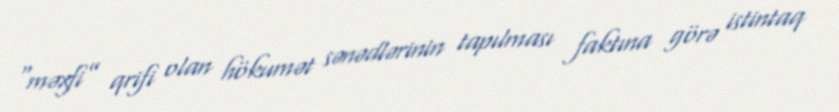
“məxfi” qrifi olan hökumət sənədlərinin tapılması faktına görə istintaq